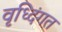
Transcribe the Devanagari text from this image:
वृध्दिंगत